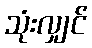
သုံးလျှင်